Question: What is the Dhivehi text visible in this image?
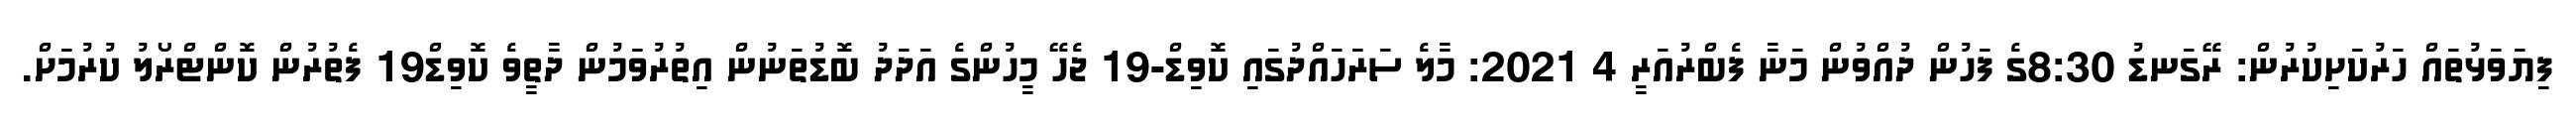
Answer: ފިޔަވަޅުތައް ހަރުކަށިކުރުން: ރޭގަނޑު 8:30ގެ ފަހުން ދުއްވުން މަނާ ފެބްރުއަރީ 4 2021: މާލެ ސަރަހައްދުގައި ކޮވިޑް-19 ޖެހޭ މީހުންގެ އަދަދު ބޮޑުތަނުން އިތުރުވަމުން ދާތީވެ ކޮވިޑް19 ފެތުރުން ކޮންޓްރޯލު ކުރުމަށް.